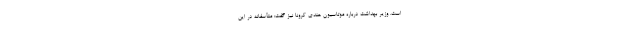
است. وزیر بهداشت درباره موتاسیون هندی کرونا نیز گفت: متأسفانه در این